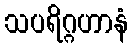
သပရိဂ္ဂဟာနံ